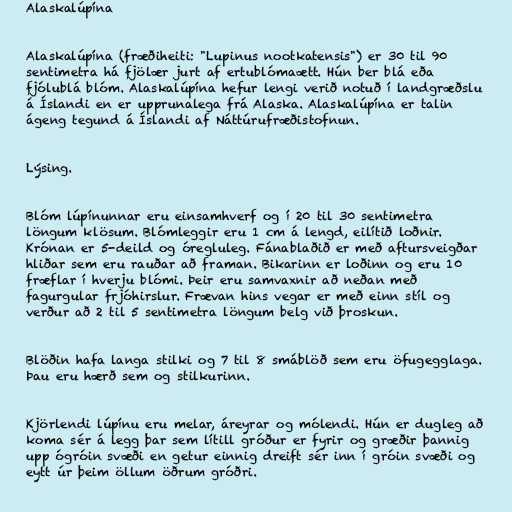
Alaskalúpína

Alaskalúpína (fræðiheiti: "Lupinus nootkatensis") er 30 til 90
sentimetra há fjölær jurt af ertublómaætt. Hún ber blá eða
fjólublá blóm. Alaskalúpína hefur lengi verið notuð í landgræðslu
á Íslandi en er upprunalega frá Alaska. Alaskalúpína er talin
ágeng tegund á Íslandi af Náttúrufræðistofnun.

Lýsing.

Blóm lúpínunnar eru einsamhverf og í 20 til 30 sentimetra
löngum klösum. Blómleggir eru 1 cm á lengd, eilítið loðnir.
Krónan er 5-deild og óregluleg. Fánablaðið er með aftursveigðar
hliðar sem eru rauðar að framan. Bikarinn er loðinn og eru 10
fræflar í hverju blómi. Þeir eru samvaxnir að neðan með
fagurgular frjóhirslur. Frævan hins vegar er með einn stíl og
verður að 2 til 5 sentimetra löngum belg við þroskun.

Blöðin hafa langa stilki og 7 til 8 smáblöð sem eru öfugegglaga.
Þau eru hærð sem og stilkurinn.

Kjörlendi lúpínu eru melar, áreyrar og mólendi. Hún er dugleg að
koma sér á legg þar sem lítill gróður er fyrir og græðir þannig
upp ógróin svæði en getur einnig dreift sér inn í gróin svæði og
eytt úr þeim öllum öðrum gróðri.